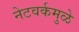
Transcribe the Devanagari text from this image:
नेटवर्कमुळे